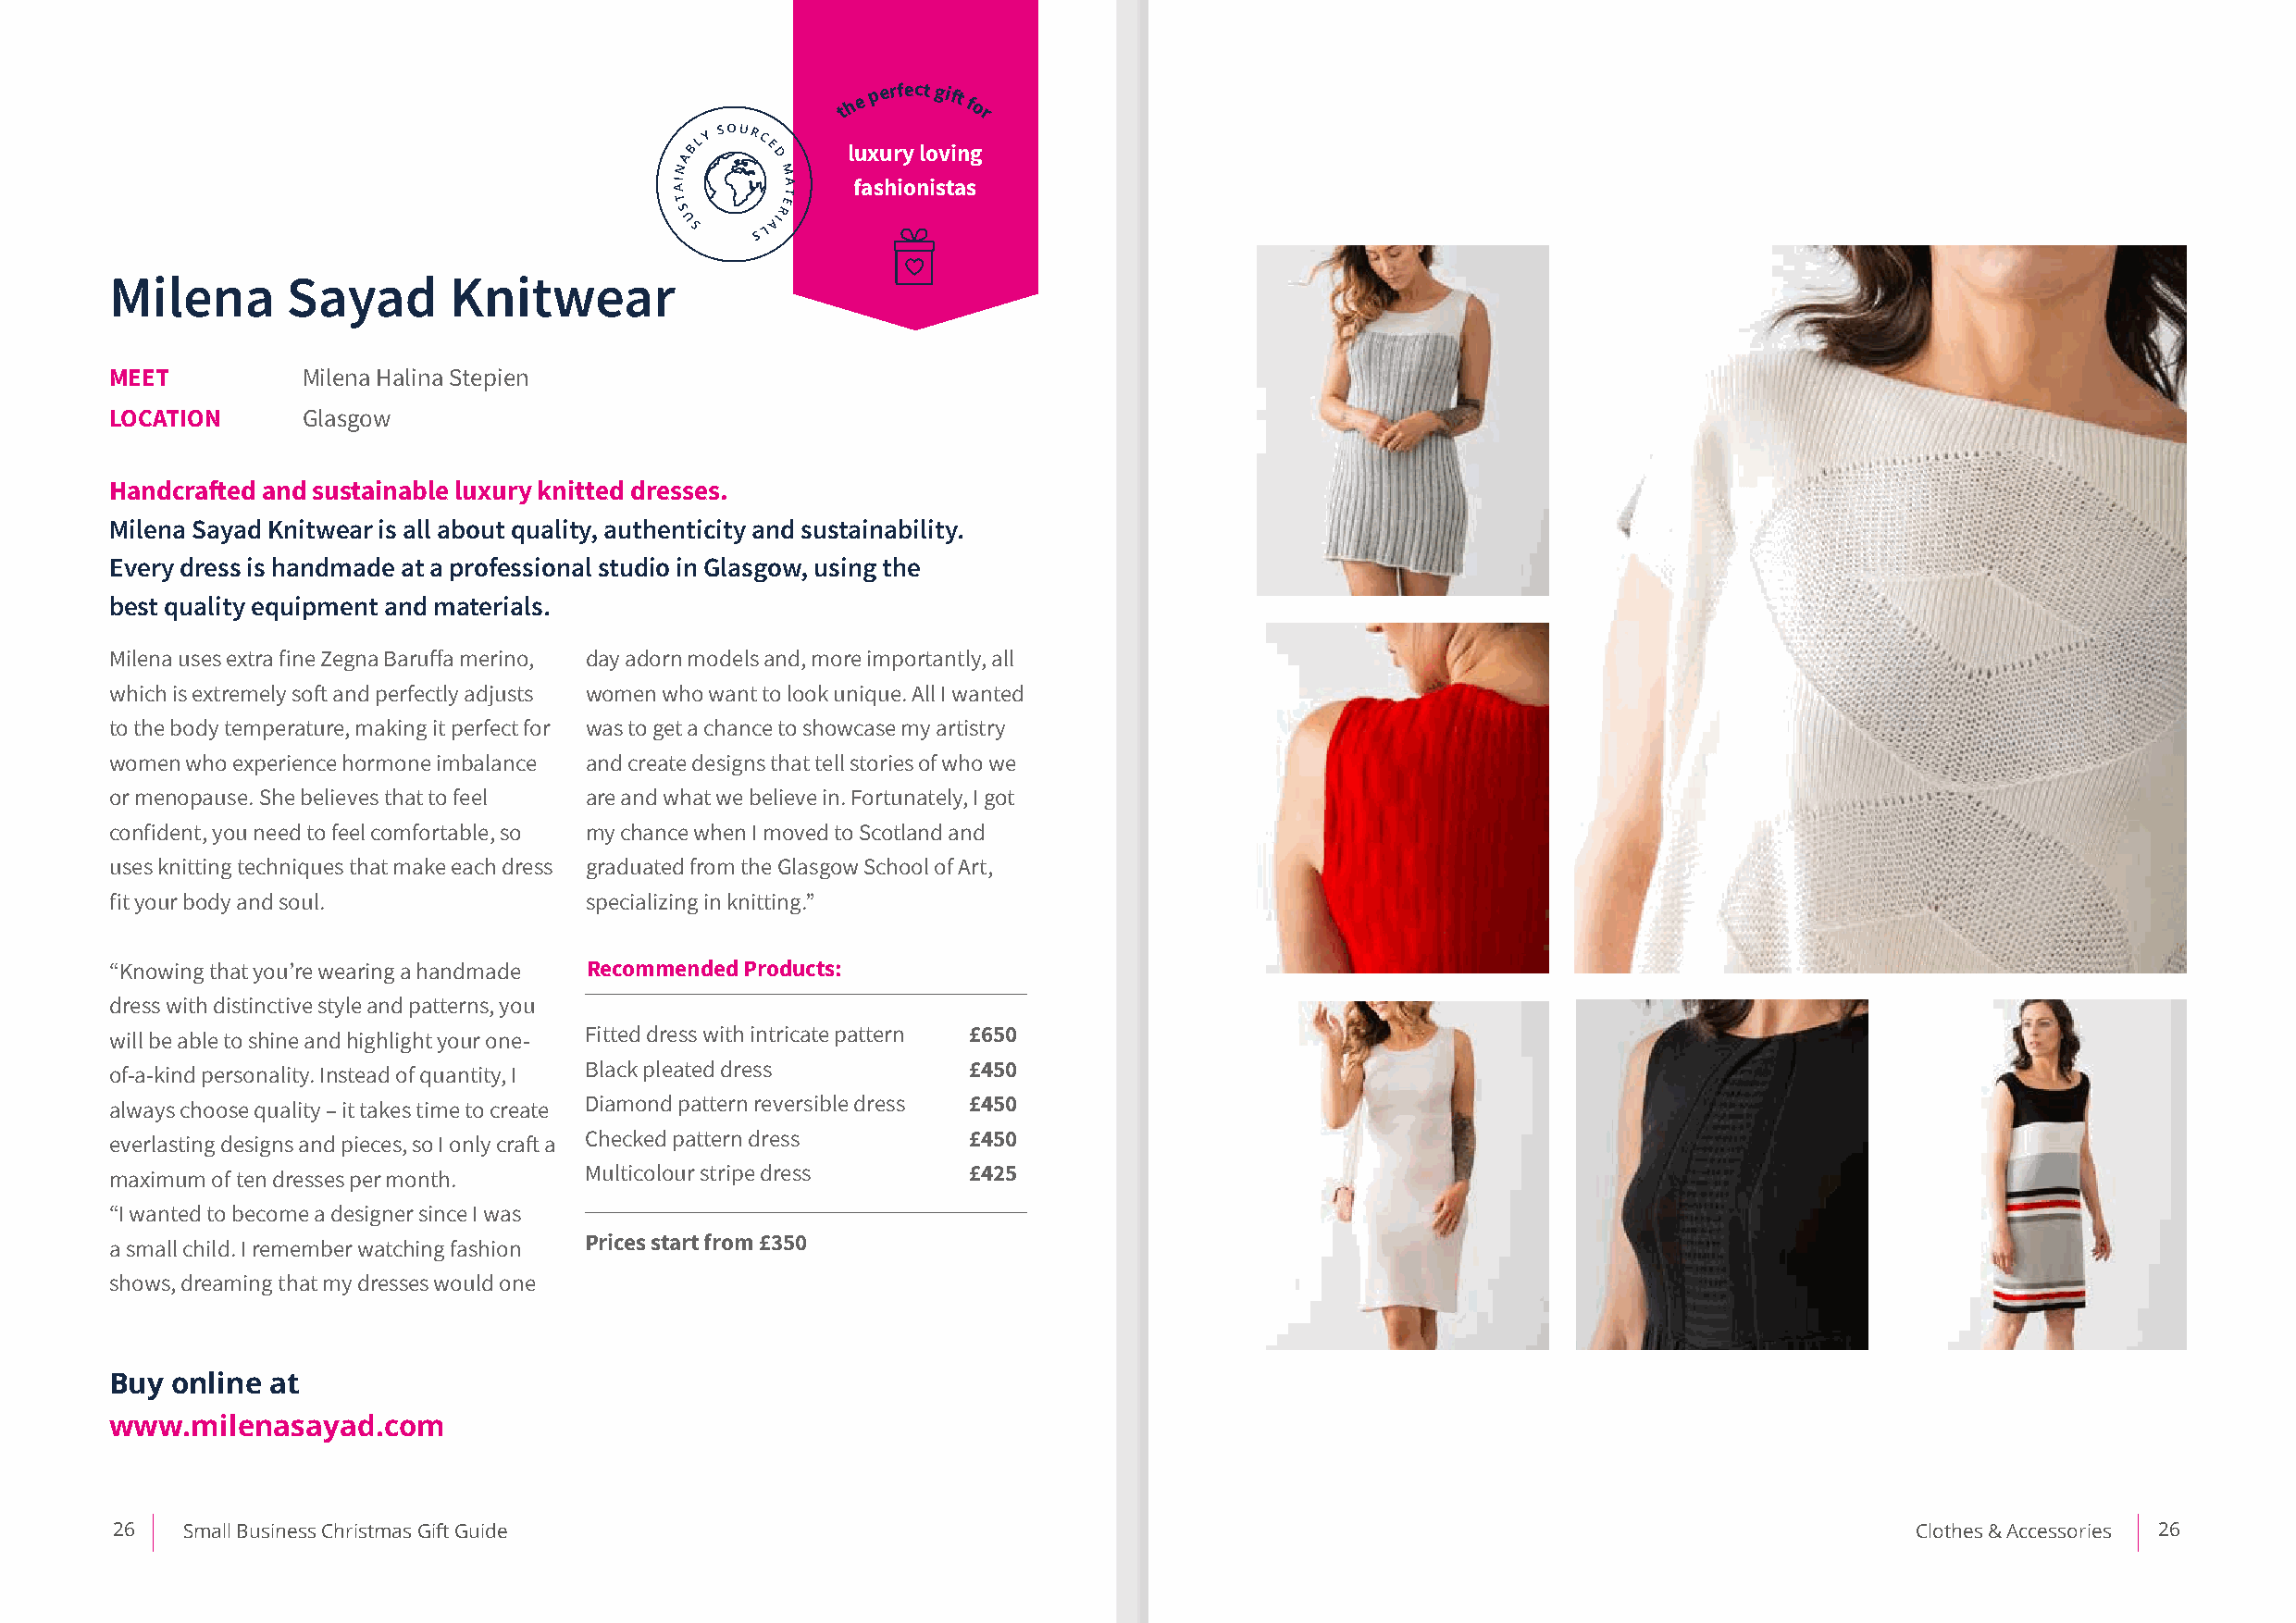
th e p erfect gift for
 luxury loving
 fashionistas
 Milena      Sayad       Knitwear
 MEET          Milena Halina Stepien
 LOCATION      Glasgow
 Handcrafted and sustainable luxury knitted dresses.
 Milena Sayad Knitwear is all about quality, authenticity and sustainability.
 Every dress is handmade at a professional studio in Glasgow, using the
 best quality equipment and materials.
 Milena uses extra fine Zegna Baruffa merino, day adorn models and, more importantly, all
 which is extremely soft and perfectly adjusts women who want to look unique. All I wanted
 to the body temperature, making it perfect for was to get a chance to showcase my artistry
 women who experience hormone imbalance and create designs that tell stories of who we
 or menopause. She believes that to feel are and what we believe in. Fortunately, I got
 confident, you need to feel comfortable, so my chance when I moved to Scotland and
 uses knitting techniques that make each dress graduated from the Glasgow School of Art,
 fit your body and soul.           specializing in knitting.”
 “Knowing that you’re wearing a handmade Recommended Products:
 dress with distinctive style and patterns, you
 will be able to shine and highlight your one- Fitted dress with intricate pattern £650
 of-a-kind personality. Instead of quantity, I Black pleated dress £450
 always choose quality – it takes time to create Diamond pattern reversible dress £450
 everlasting designs and pieces, so I only craft a Checked pattern dress £450
 maximum of ten dresses per month. Multicolour stripe dress   £425
 “I wanted to become a designer since I was
 a small child. I remember watching fashion Prices start from £350
 shows, dreaming that my dresses would one
 Buy online at
 www.milenasayad.com
 26   Small Business Christmas Gift Guide                                                                                         Clothes & Accessories 26